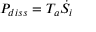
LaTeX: P _ { d i s s } = T _ { a } { \dot { S } } _ { i }